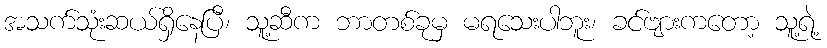
အသက်သုံးဆယ်ရှိနေပြီ၊ သူ့ဆီက ဘာတစ်ခုမှ မရသေးပါဘူး၊ ခင်ဗျားကတော့ သူ့ရဲ့